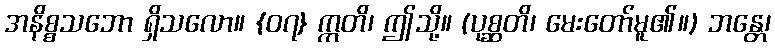
အနိစ္စသဘော ရှိသလော။ {၀၇} ဣတိ၊ ဤသို့။ (ပုစ္ဆတိ၊ မေးတော်မူ၏။) ဘန္တေ၊